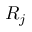
R _ { j }